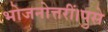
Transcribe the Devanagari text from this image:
भोजनोत्तरीं।पुसे